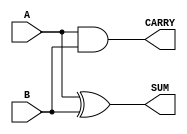
module half_adder #(
    parameter WIDTH = 1  // Parameter to define the number of input bits
) (
    input [WIDTH-1:0] A,  // First input
    input [WIDTH-1:0] B,  // Second input
    output [WIDTH-1:0] SUM, // Sum output
    output CARRY          // Carry output
);

    // Logic for SUM and CARRY
    assign SUM = A ^ B;    // SUM is the XOR of A and B
    assign CARRY = A & B;  // CARRY is the AND of A and B

endmodule